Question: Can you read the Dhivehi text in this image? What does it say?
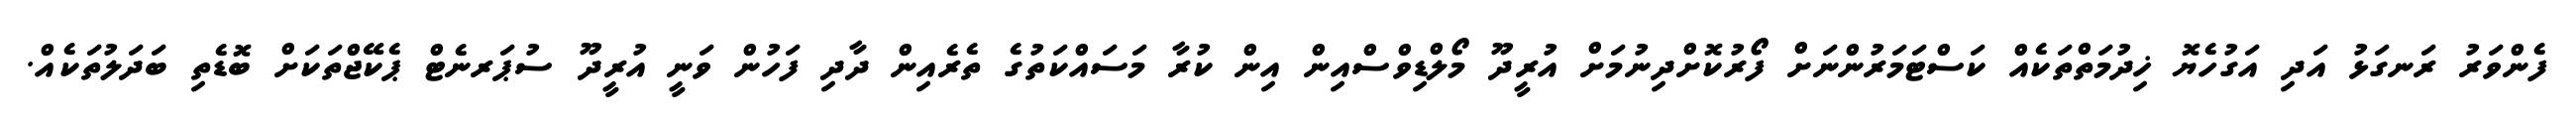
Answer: ފެންވަރު ރަނގަޅު އަދި އަގުހެޔޮ ޚިދުމަތްތަކެއް ކަސްޓަމަރުންނަށް ފޯރުކޮށްދިނުމަށް އުރީދޫ މޯލްޑިވްސްއިން އިން ކުރާ މަސައްކަތުގެ ތެރެއިން ދާދި ފަހުން ވަނީ އުރީދޫ ސުޕަރނެޓް ޕެކޭޖްތަކަށް ބޮޑެތި ބަދަލުތަކެއް.